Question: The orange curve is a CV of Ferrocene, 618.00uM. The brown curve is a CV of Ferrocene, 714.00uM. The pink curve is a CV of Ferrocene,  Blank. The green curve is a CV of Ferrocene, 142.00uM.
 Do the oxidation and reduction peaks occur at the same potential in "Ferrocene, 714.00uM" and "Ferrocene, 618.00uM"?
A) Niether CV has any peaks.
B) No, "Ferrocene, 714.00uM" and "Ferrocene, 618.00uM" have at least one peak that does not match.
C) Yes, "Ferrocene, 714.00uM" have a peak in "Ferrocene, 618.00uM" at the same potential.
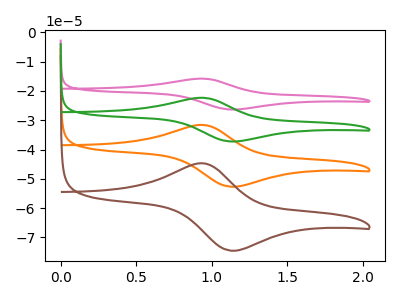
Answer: <think>The orange curve "Ferrocene, 618.00uM" has an anodic peak at (0.95V, -31.60uA) and a cathodic peak at (1.15V, -52.70uA). The brown curve "Ferrocene, 714.00uM" has an anodic peak at (0.95V, -44.65uA) and a cathodic peak at (1.15V, -74.50uA). The pink curve "Ferrocene,  Blank" has an anodic peak at (0.95V, -94.75uA) and a cathodic peak at (1.15V, -158.05uA). The green curve "Ferrocene, 142.00uM" has an anodic peak at (0.95V, -63.20uA) and a cathodic peak at (1.15V, -105.35uA).</think>
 <answer>C) Yes, "Ferrocene, 714.00uM" have a peak in "Ferrocene, 618.00uM" at the same potential.</answer>
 <eval>C</eval>